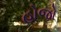
હોજો